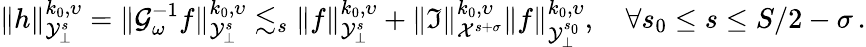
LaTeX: \| h\| _{{\cal Y}_{\bot}^{s}}^{k_{0},\upsilon}=\| {\cal G}_{\omega}^{-1}f\| _{{\cal Y}_{\bot}^{s}}^{k_{0},\upsilon}\lesssim_{s}\| f\| _{{\cal Y}_{\bot}^{s}}^{k_{0},\upsilon}+\| {\mathfrak I}\| _{{\cal X}^{s+\sigma}}^{k_{0},\upsilon}\| f\| _{{\cal Y}_{\bot}^{s_{0}}}^{k_{0},\upsilon},\quad\forall s_{0}\leq s\leq S/2-\sigma\, .